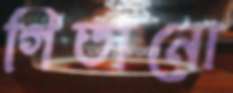
গিতানো